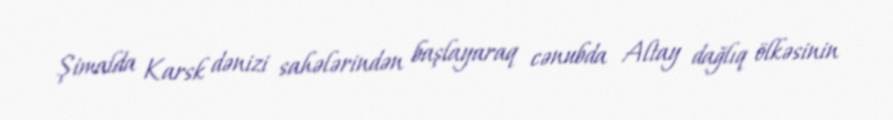
Şimalda Karsk dənizi sahələrindən başlayaraq cənubda Altay dağlıq ölkəsinin